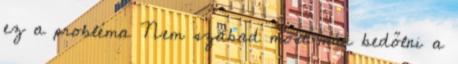
ez a probléma Nem szabad most már bedőlni a